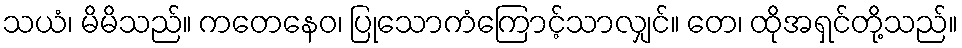
သယံ၊ မိမိသည်။ ကတေနေဝ၊ ပြုသောကံကြောင့်သာလျှင်။ တေ၊ ထိုအရှင်တို့သည်။